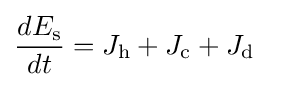
{\frac {dE_{\text{s}}}{dt}}={J}_{\text{h}}+{J}_{\text{c}}+{J}_{\text{d}}~~